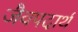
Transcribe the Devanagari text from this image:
जैवपदार्थ